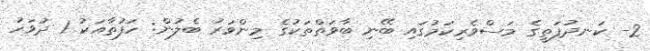
2- ކަނދުފަތީގެ މަސްވެރިކަމުގައި ބޭނި ބާވަތްތަކުގެ މިންވަރު ބެލުން: ހަފުތާއަކު 1 ދުވަހު